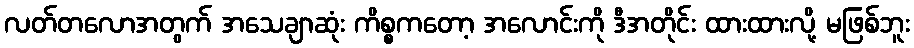
လတ်တလောအတွက် အသေချာဆုံး ကိစ္စကတော့ အလောင်းကို ဒီအတိုင်း ထားထားလို့ မဖြစ်ဘူး